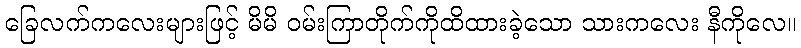
ခြေလက်ကလေးများဖြင့် မိမိ ဝမ်းကြာတိုက်ကိုထိထားခဲ့သော သားကလေး နီကိုလေ။